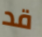
قد